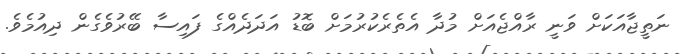
ނަތީޖާއަކަށް ވަނީ ރާއްޖެއަށް މުދާ އެތެރެކުރުމަށް ބޮޑު އަދަދެއްގެ ފައިސާ ބޭރުވެގެން ދިއުމެވެ.